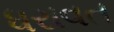
ધરાવત